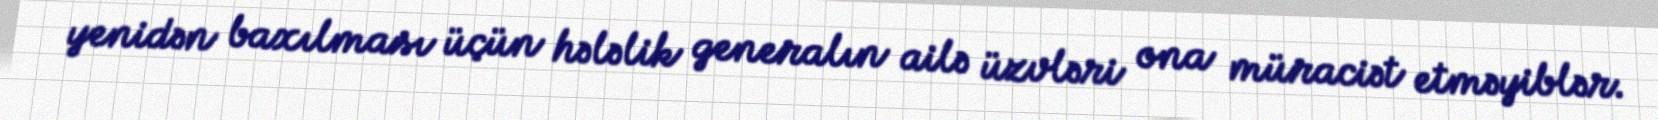
yenidən baxılması üçün hələlik generalın ailə üzvləri ona müraciət etməyiblər.